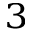
^ 3